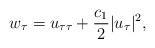
LaTeX: \begin{align*}w_{\tau} = u_{\tau\tau} + \frac{c_1}{2} |u_\tau|^2,\end{align*}